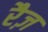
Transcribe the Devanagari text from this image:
रैज़